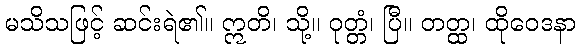
မသိသဖြင့် ဆင်းရဲ၏။ ဣတိ၊ သို့။ ဝုတ္တံ၊ ပြီ။ တတ္ထ၊ ထိုဝေဒနာ